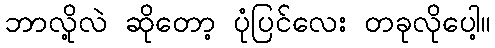
ဘာလို့လဲ ဆိုတော့ ပုံပြင်လေး တခုလိုပေါ့။